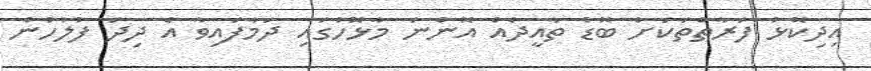
އިދިކޮޅު ފަރާތްތަކަށް ބޮޑު ތާއީދެއް އޮންނަ މާޅޮހުގައި ދަމާފައިވާ އެ ދިދަ ފުލުހުން